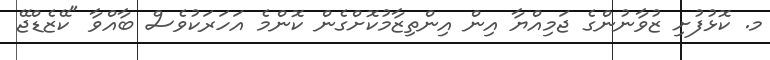
މ. ކޮޅުފުށި ޒުވާނުންގެ ޖަމިއްޔާ އިން އިންތިޒާމުކޮށްގެން ކޮންމެ އަހަރަކުވެސް ބާއްވާ "ކޭޒެޑްޖޭ